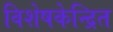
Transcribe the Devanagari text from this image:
विशेषकेन्द्रित